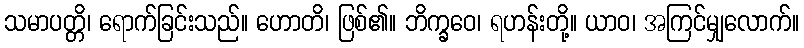
သမာပတ္တိ၊ ရောက်ခြင်းသည်။ ဟောတိ၊ ဖြစ်၏။ ဘိက္ခဝေ၊ ရဟန်းတို့။ ယာဝ၊ အကြင်မျှလောက်။